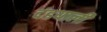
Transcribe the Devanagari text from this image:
दंडयाली